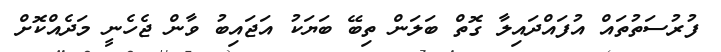
ފުރުސަތުތައް އުފައްދައިލާ ގޮތް ބަލަން ތިބޭ ބަޔަކު އަޖައިބު ވާން ޖެހެނީ މަދެއްކޮށް